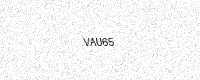
Text: VAU65